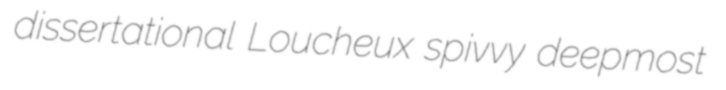
dissertational Loucheux spivvy deepmost